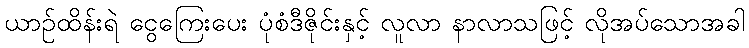
ယာဉ်ထိန်းရဲ ငွေကြေးပေး ပုံစံဒီဇိုင်းနှင့် လူလာ နာလာသဖြင့် လိုအပ်သောအခါ